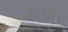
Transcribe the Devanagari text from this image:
द्वारहै।